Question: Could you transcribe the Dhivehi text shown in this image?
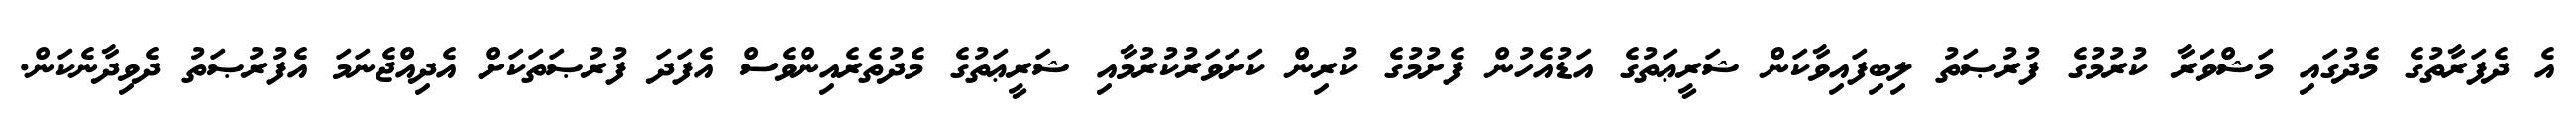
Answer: އެ ދެފަރާތުގެ މެދުގައި މަޝްވަރާ ކުރުމުގެ ފުރުޞަތު ލިބިފައިވާކަން ޝަރީޢަތުގެ އަޑުއެހުން ފެށުމުގެ ކުރިން ކަށަވަރުކުރުމާއި ޝަރީޢަތުގެ މެދުތެރެއިންވެސް އެފަދަ ފުރުޞަތަކަށް އެދިއްޖެނަމަ އެފުރުޞަތު ދެވިދާނެކަން.